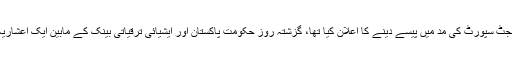
تفصیلات کے مطابق ایشیائی ترقیاتی بینک نے پاکستان کو بجٹ سپورٹ کی مد میں پیسے دینے کا اعلان کیا تھا، گزشتہ روز حکومت پاکستان اور ایشیائی ترقیاتی بینک کے مابین ایک اعشاریہ 3 ارب ڈالر قرض کے معاہدے پر دستخط بھی ہوئے تھے۔